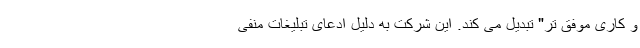
و کاری موفق تر" تبدیل می کند. این شرکت به دلیل ادعای تبلیغات منفی